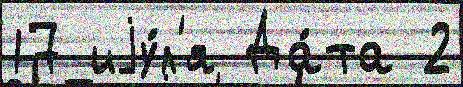
17 иjу́л'я Да́та 2